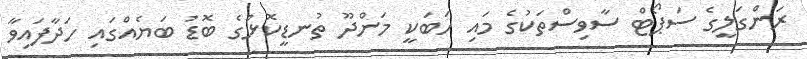
ރަންގަލީގެ ސަޕޯޓް ސާވިސްތަކުގެ މައި ހަބަކީ މަންދޫ ތުނޑީކޮޅުގެ ބޮޑު ބަޔެއްގައި ހަދާފައިވާ